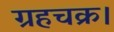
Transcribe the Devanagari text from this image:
ग्रहचक्र।